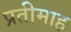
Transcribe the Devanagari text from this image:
प्रतीमाह